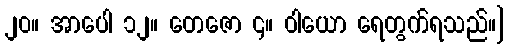
၂၀။ အာပေါ ၁၂။ တေဇော ၄။ ဝါယော ရေတွက်ရသည်။]